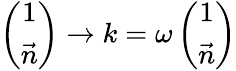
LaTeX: \left(\begin{array}{c}{{1}}\\ {{\vec{n}}}\end{array}\right)\rightarrow k=\omega\left(\begin{array}{c}{{1}}\\ {{\vec{n}}}\end{array}\right)